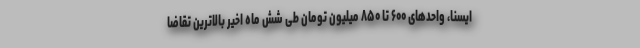
ایسنا، واحدهای ۶۰۰ تا ۸۵۰ میلیون تومان طی شش ماه اخیر بالاترین تقاضا